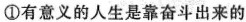
①有意义的人生是靠奋斗出来的